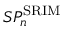
S P _ { n } ^ { \mathrm { S R I M } }